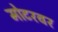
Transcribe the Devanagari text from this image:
मोटरवर